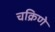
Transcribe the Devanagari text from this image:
चक्रिणे